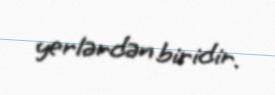
yerlərdən biridir.